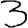
Digit: 3